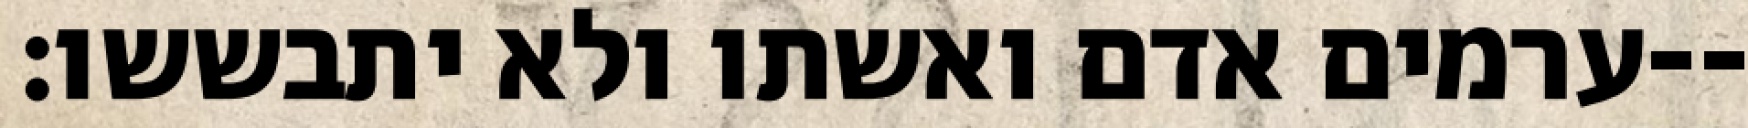
ערמים אדם ואשתו ולא יתבששו׃--